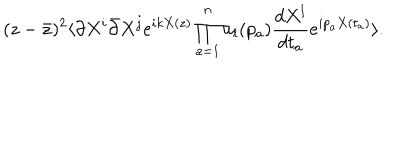
( z - \bar { z } ) ^ { 2 } \langle \partial X ^ { i } \bar { \partial } X ^ { j } e ^ { i k X ( z ) } \prod _ { a = 1 } ^ { n } u _ { l } ( p _ { a } ) \frac { d X ^ { l } } { d t _ { a } } e ^ { i p _ { a } X ( t _ { a } ) } \rangle .